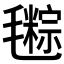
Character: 𣰤